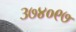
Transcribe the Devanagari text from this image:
३७४०९७